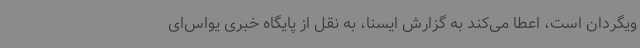
ویگردان است، اعطا می‌کند به گزارش ایسنا، به نقل از پایگاه خبری یواس‌ای